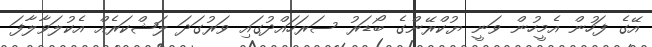
އޭގެ ފަހުން އެމީހުން ވަނީ ޔުކްރޭންގެ ބޯޑަރު ސަރަހައްދުގައި ވަރުގަދަ ލަޝްކަރެއް އެކުލަވާލާފަ